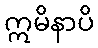
ဣမိနာပိ